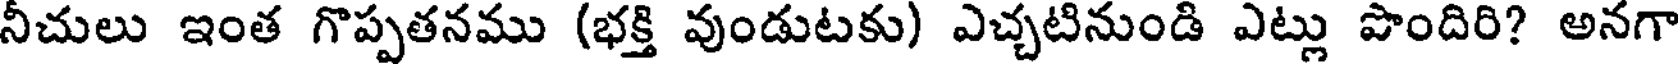
నీచులు ఇంత గొప్పతనము (భక్తి వుండుటకు) ఎచ్చటినుండి ఎట్లు పొందిరి? అనగా